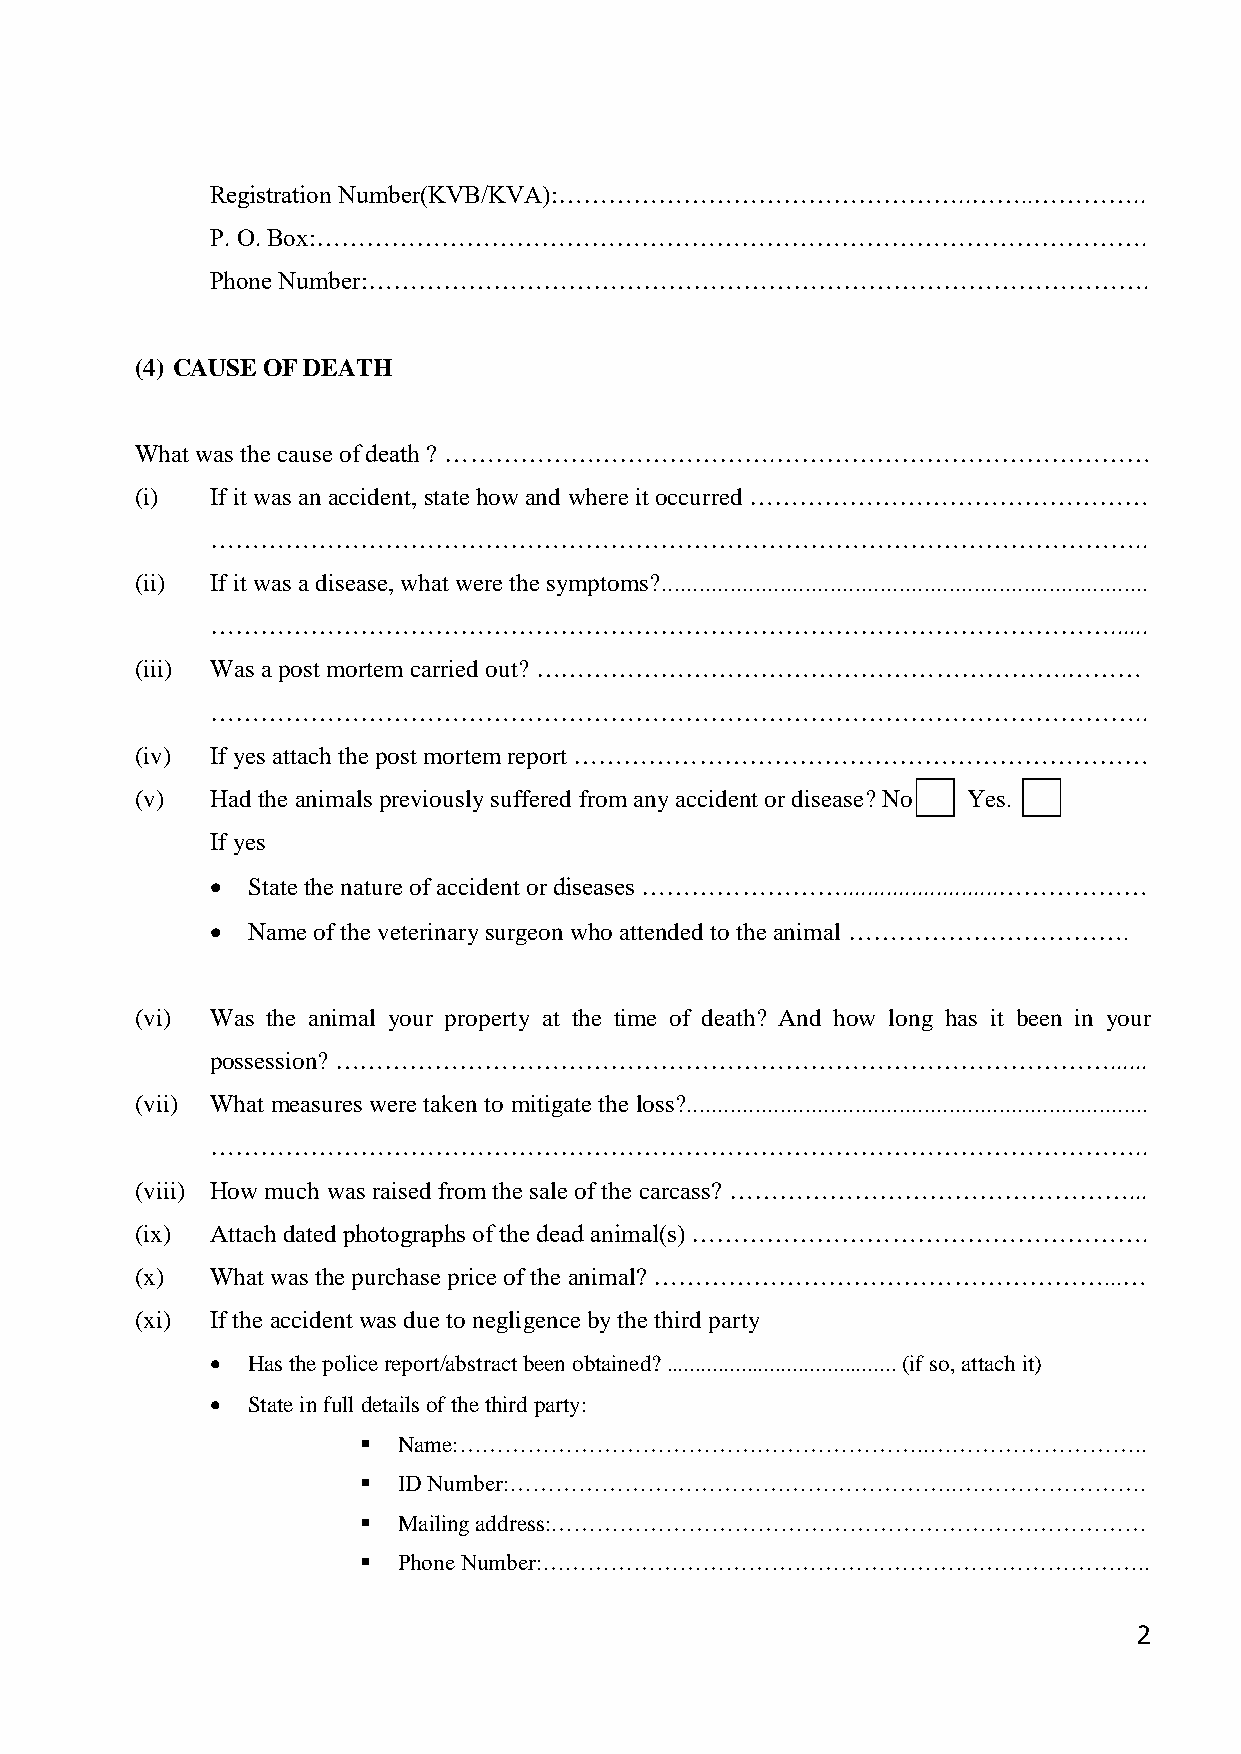
Registration Number(KVB/KVA):…………………………………………..……..…………..
 P. O. Box:……………………………………………………………………………………….
 Phone Number:………………………………………………………………………………….
 (4) CAUSE OF DEATH
 What was the cause of death ? ………………………………….………………………………………
 (i)  If it was an accident, state how and where it occurred …………………………………………
 …………………………………………………………………………………………………..
 (ii) If it was a disease, what were the symptoms?..............................................................................
 ………………………………………………………………………………………………......
 (iii) Was a post mortem carried out? ……………………………………………………….………
 …………………………………………………………………………………………………..
 (iv) If yes attach the post mortem report ……………………………………………………………
 (v)  Had the animals previously suffered from any accident or disease? No Yes.
 If yes
  State the nature of accident or diseases …………………….........................………………
  Name of the veterinary surgeon who attended to the animal …………………………….
 (vi) Was the animal your property at the time of death? And how long has it been in your
 possession? …………………………………………………………………………………......
 (vii) What measures were taken to mitigate the loss?..........................................................................
 …………………………………………………………………………………………………..
 (viii) How much was raised from the sale of the carcass? …………………………………………...
 (ix) Attach dated photographs of the dead animal(s) ……………………………………………….
 (x)  What was the purchase price of the animal? ………………………………………………...…
 (xi) If the accident was due to negligence by the third party
  Has the police report/abstract been obtained? ........................................ (if so, attach it)
  State in full details of the third party:
  Name:……………………………………………………..………………………..
  ID Number:…………………………………………………..…………………….
  Mailing address:……………………………………………………………………
  Phone Number:……………………………………………………………………..
 2